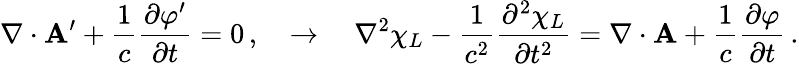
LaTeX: \nabla\cdot{\mathbf A}^{\prime}+\frac{1}{c}\frac{\partial\varphi^{\prime}}{\partial t}=0\, ,\quad\to\quad\nabla^{2}\chi_{L}-\frac{1}{c^{2}}\frac{\partial^{2}\chi_{L}}{\partial t^{2}}=\nabla\cdot{\mathbf A}+\frac{1}{c}\frac{\partial\varphi}{\partial t}\, .